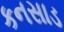
કનસાડ